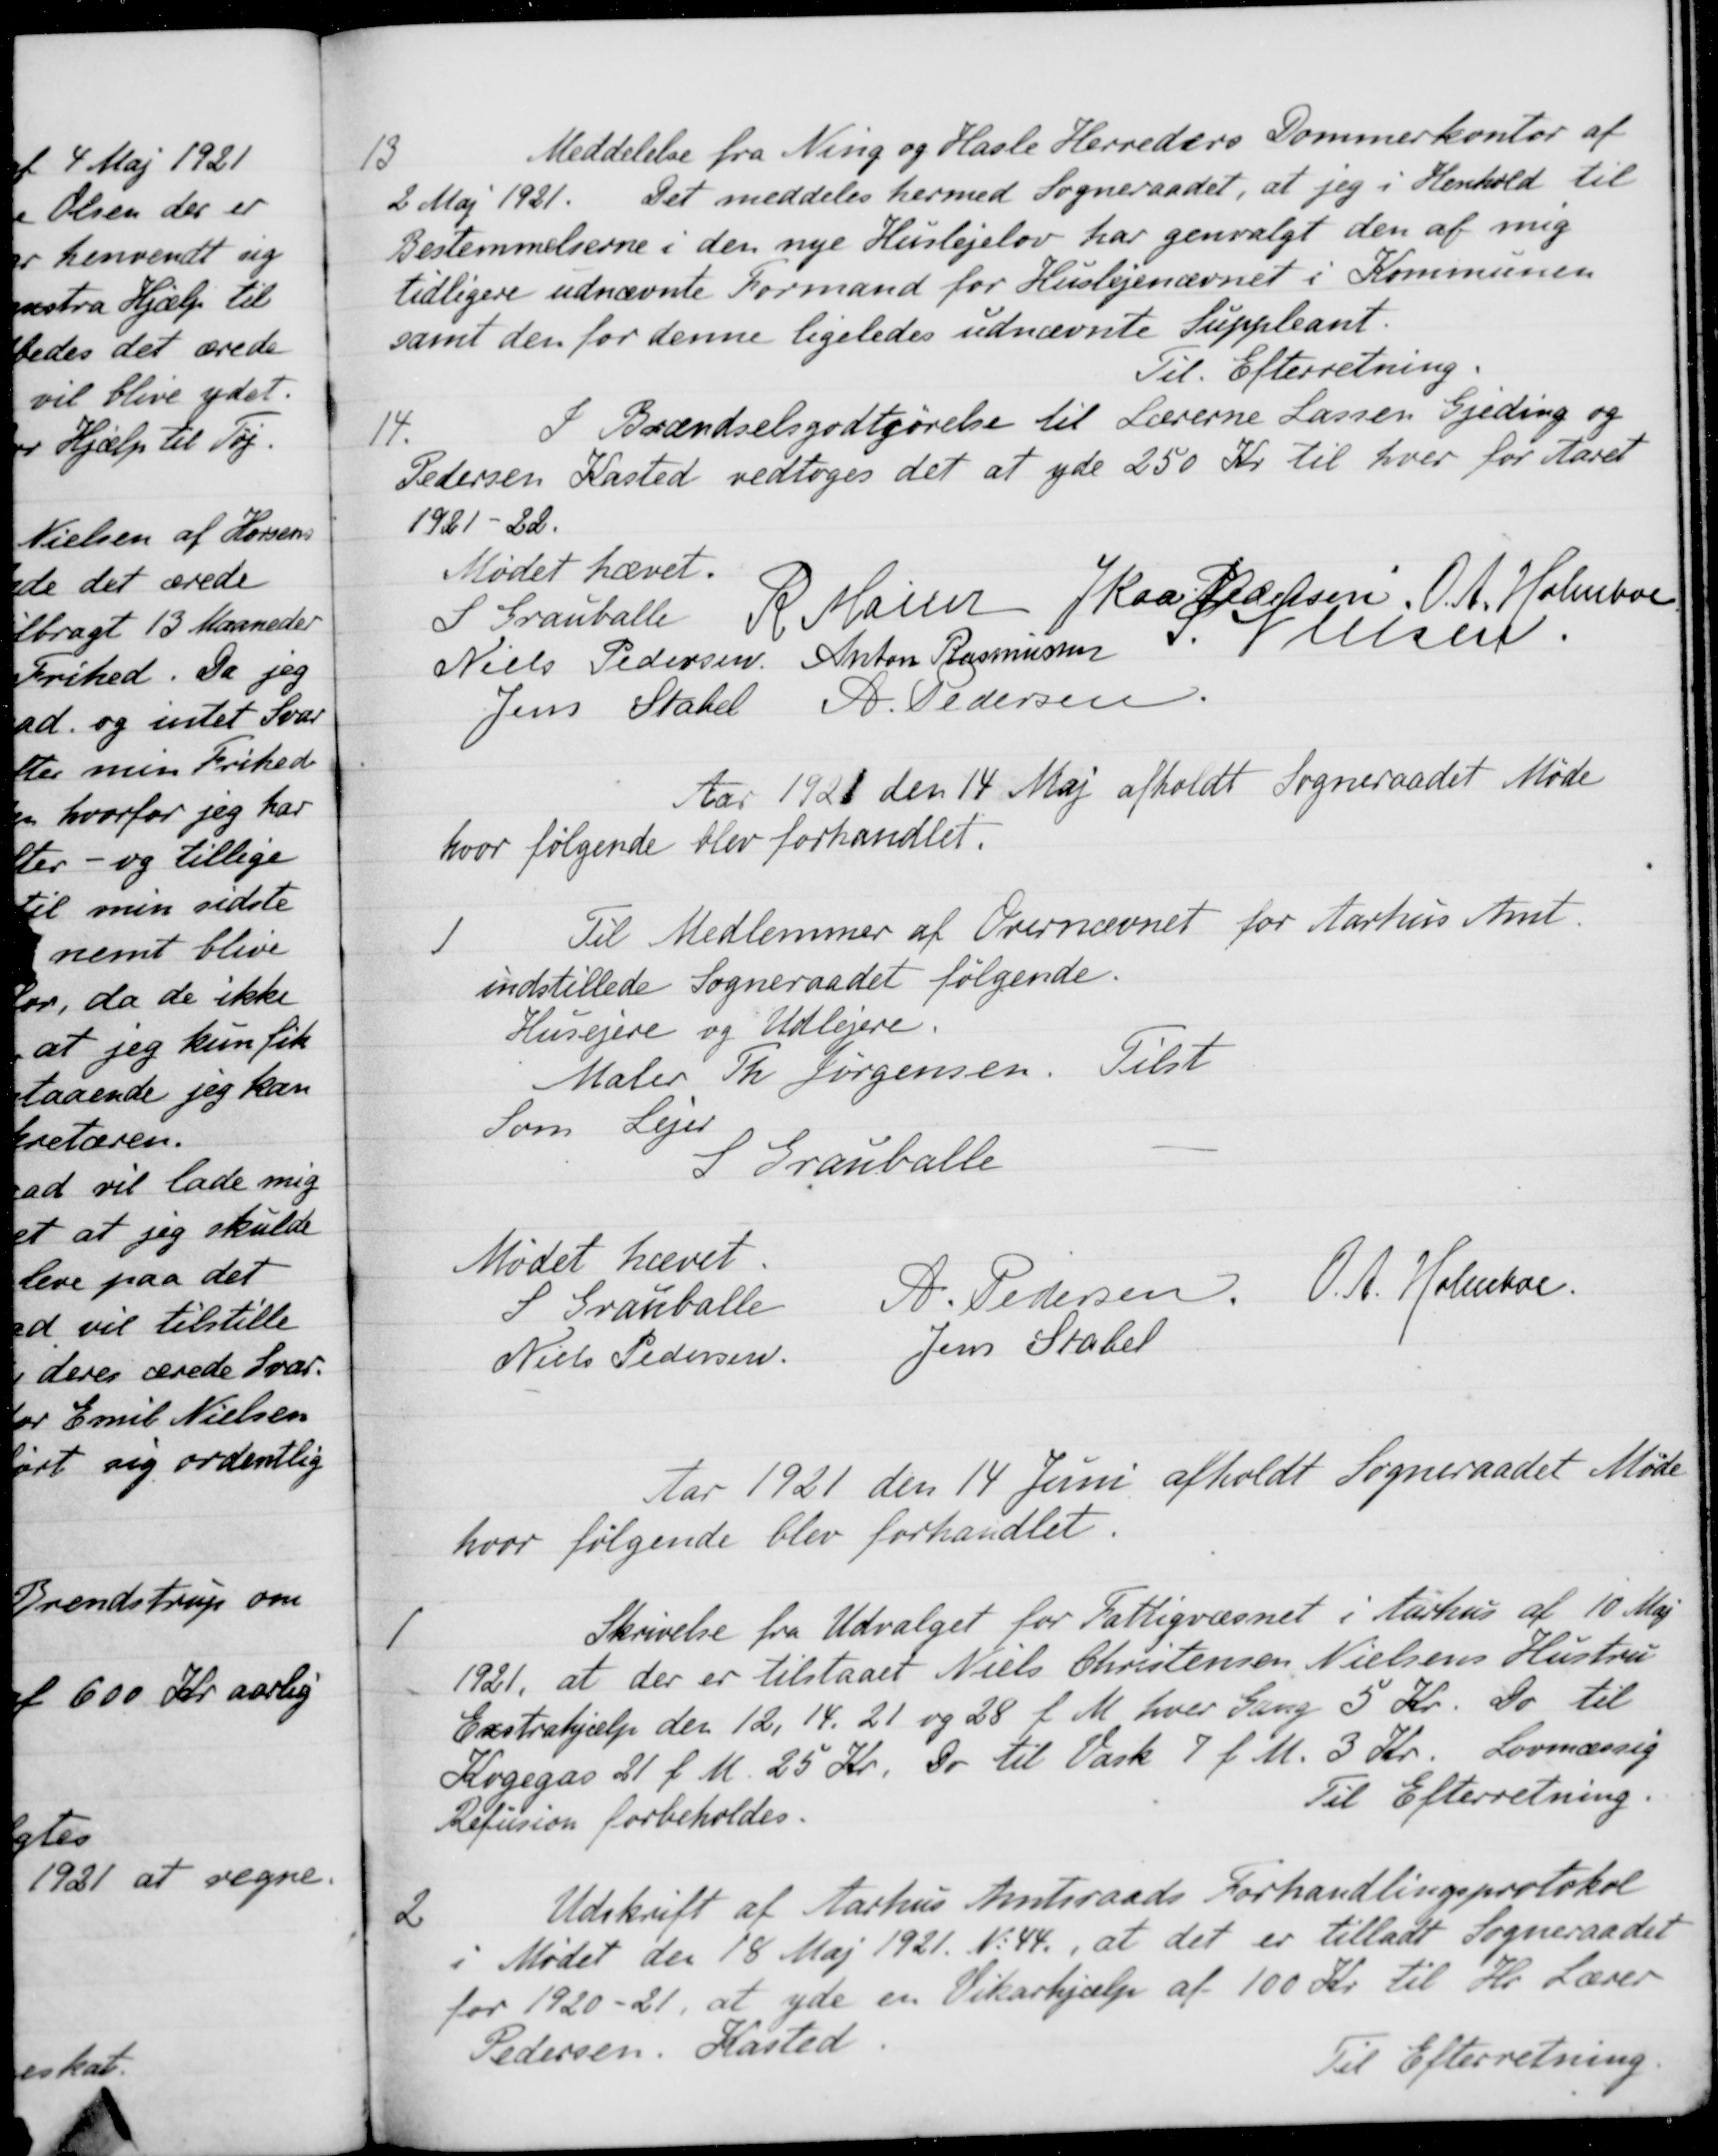
Transskription:
13
Meddelelse fra Ning og Hasle Herreders Dommerkontor af
ag 1921. Det meddeles hermed Sogneraadet, at jeg i Henhold til
Bestemmelserne i den nye Huslejelov har genvalgt den af mig
tidligere udnævnte Formand for Huslejenævnet i Kommunen
samt den for denne ligeledes udnævnte Suppleant.
Til Efterretning.
14
I Brændselsgodtgørelse til Lærerne Lassen Gjeding og
dersen Kasted vedtoges det at yde 250 Kr. til hver for Aaret
1921-22.
Mødet hævet.
S. Grauballe
R. Mainz
J Kaae Pedersen
O. A. Holmboe
Niels Pedersen
Anton Rasmussen
S. Nielsen
Jens Stabel
A. Pedersen
Aar 1928 den 14 Maj afholdt Sogneraadet Møde
hvor følgende blev forhandlet.
1
Til Medlemmer af Overnævnet for Aarhus Amt.
indstillede Sogneraadet følgende.
Husejere og Udlejere.
Maler Th Jørgensen
Tilst
Som Lejer
S. Grauballe
Mødet hævet.
S Grauballe
A. Pedersen.
O. A. Holmboe.
Niels Pedersen.
Jens Stabel
Aar 1921 den 14 Juni afholdt Sogneraadet Møde
hvor følgende blev forhandlet.
1
Skrivelse fra Udvalget for Fattigvæsnet i Aarhus af 10 Maj
1921, at der er tilstaaet Niels Christensen Nielsens Hustru
Exstrahjælp den 12, 14, 21 og 28 f. M. hver Gang 5 Kr. Do til
Kogegas 21 f. M. 25 Kr. Do til Vask 7 f. M. 3 Kr.
Lovmæssig
Refusion forbeholdes.
Til Efterretning.
2
Udskrift af Aarhus Amtsraads Forhandlingsprotokol
den 18 Maj 1921. No 44., at det er tilladt Sogneraadet
for 1920-21, at yde en Vikarhjælp af 100 Kr. til Hr Lærer
Pedersen, Kasted.
Til Efterretning